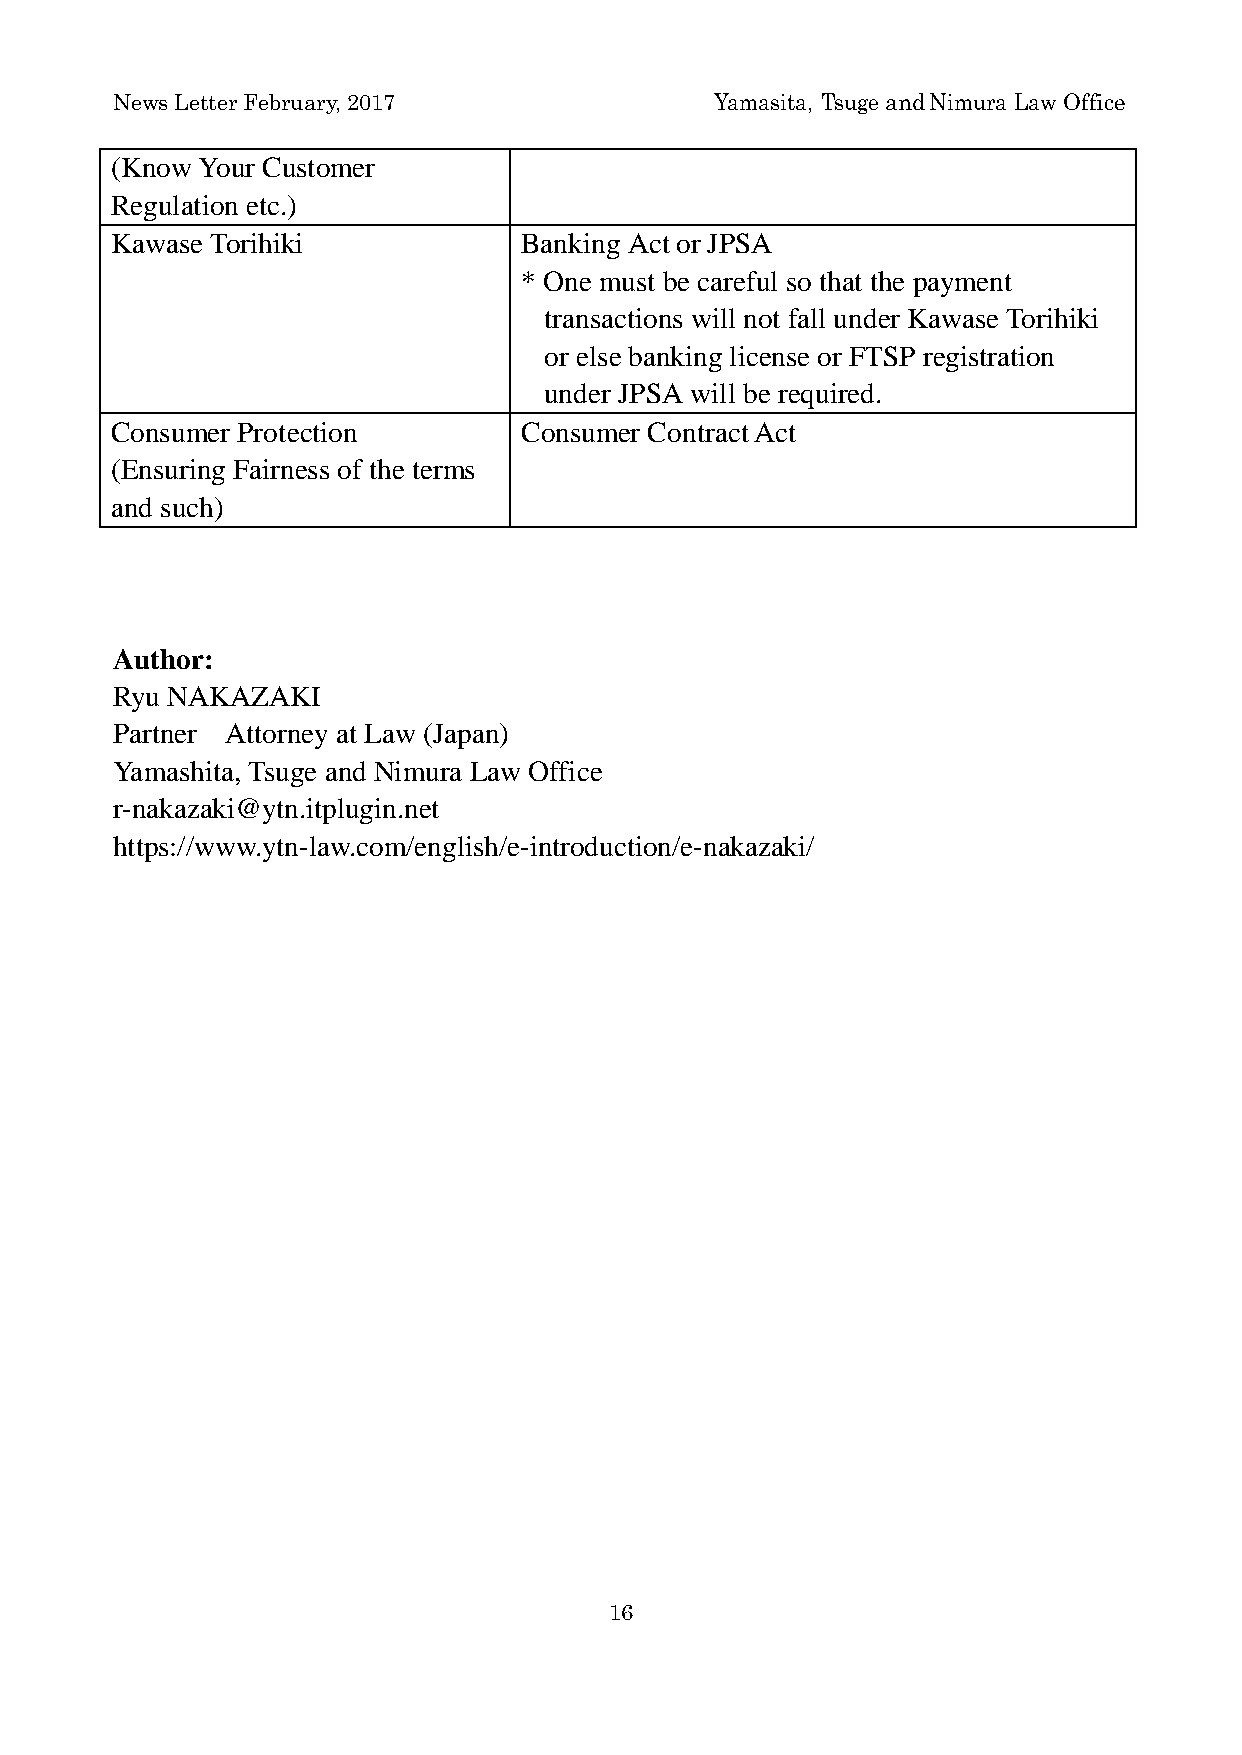
News Letter February, 2017              Yamasita, Tsuge and Nimura Law Office
 (Know Your Customer
 Regulation etc.)
 Kawase Torihiki             Banking Act or JPSA
 * One must be careful so that the payment
 transactions will not fall under Kawase Torihiki
 or else banking license or FTSP registration
 under JPSA will be required.
 Consumer Protection         Consumer Contract Act
 (Ensuring Fairness of the terms
 and such)
 Author:
 Ryu NAKAZAKI
 Partner Attorney at Law (Japan)
 Yamashita, Tsuge and Nimura Law Office
 r-nakazaki@ytn.itplugin.net
 https://www.ytn-law.com/english/e-introduction/e-nakazaki/
 16